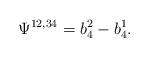
LaTeX: \begin{align*}\Psi^{12,34}=b^2_4-b^1_4.\end{align*}